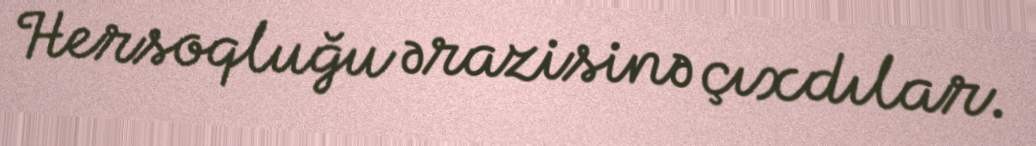
Hersoqluğu ərazisinə çıxdılar.